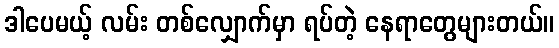
ဒါပေမယ့် လမ်း တစ်လျှောက်မှာ ရပ်တဲ့ နေရာတွေများတယ်။